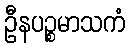
ဦနပဉ္စမာသကံ